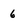
Character: 6